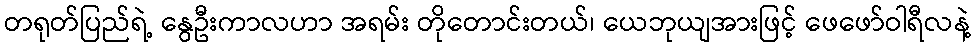
တရုတ်ပြည်ရဲ့ နွေဦးကာလဟာ အရမ်း တိုတောင်းတယ်၊ ယေဘုယျအားဖြင့် ဖေဖော်ဝါရီလနဲ့